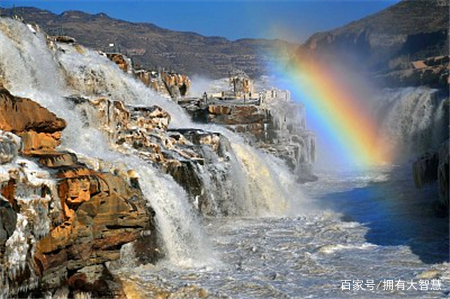
香炉初上日，瀑水喷成虹。